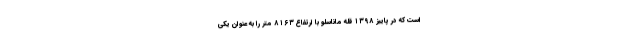
است که در پاییز ۱۳۹۸ قله ماناسلو با ارتفاع ۸۱۶۳ متر را به عنوان یکی